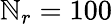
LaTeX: \mathbb{N}_{r}=100